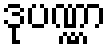
ဒုပဏ္ဏာ